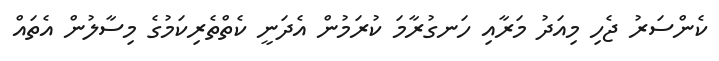
ކެންސަރު ޖެހި މިއަދު މަރާއި ހަނގުރާމަ ކުރަމުން އެދަނީ ކެތްތެރިކަމުގެ މިސާލުން އެތައް